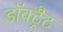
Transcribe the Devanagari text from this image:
डॉक्ट्रैट